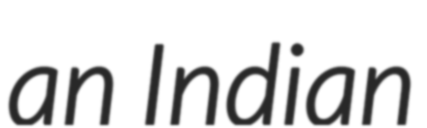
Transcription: an Indian